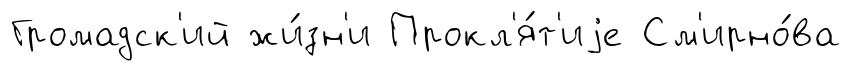
Громадск'ий жи́зн'и Прокл'я́т'иjе См'ирно́ва